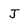
Character: J